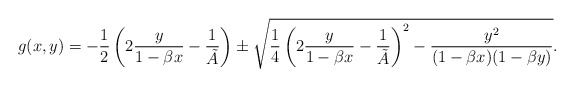
\begin{align*}g(x,y) = - \frac{1}{2} \left( 2 \frac{y}{1-\beta x} - \frac{1}{\tilde{A}}\right) \pm \sqrt{ \frac{1}{4} \left( 2 \frac{y}{1-\beta x} - \frac{1}{\tilde{A}}\right)^2 - \frac{y^2}{(1-\beta x) (1-\beta y) }}.\end{align*}